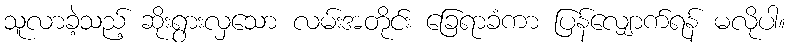
သူလာခဲ့သည့် ဆိုးရွားလှသော လမ်းအတိုင်း ခြေရာခံကာ ပြန်လျှောက်ရန် မလိုပါ။